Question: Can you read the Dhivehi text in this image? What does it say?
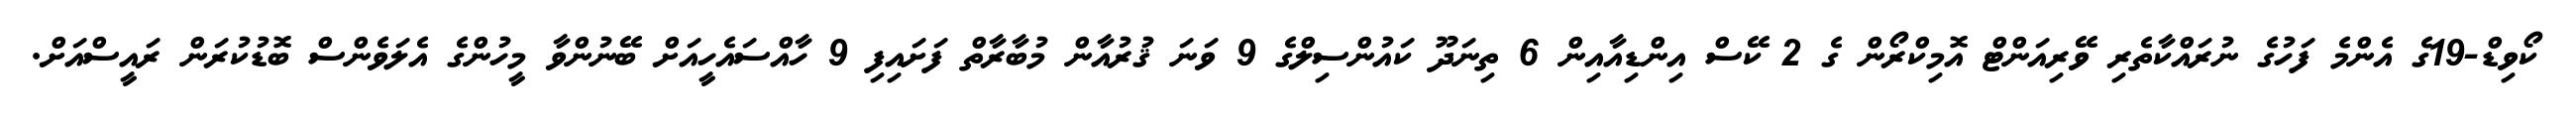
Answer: ކޯވިޑް-19ގެ އެންމެ ފަހުގެ ނުރައްކާތެރި ވޭރިއަންޓް އޮމިކްރޯން ގެ 2 ކޭސް އިންޑިއާއިން 6 ތިނަދޫ ކައުންސިލްގެ 9 ވަނަ ޤުރުއާން މުބާރާތް ފަށައިފި 9 ހާއްސައެހީއަށް ބޭނުންވާ މީހުންގެ އެލަވެންސް ބޮޑުކުރަން ރައީސްއަށް.